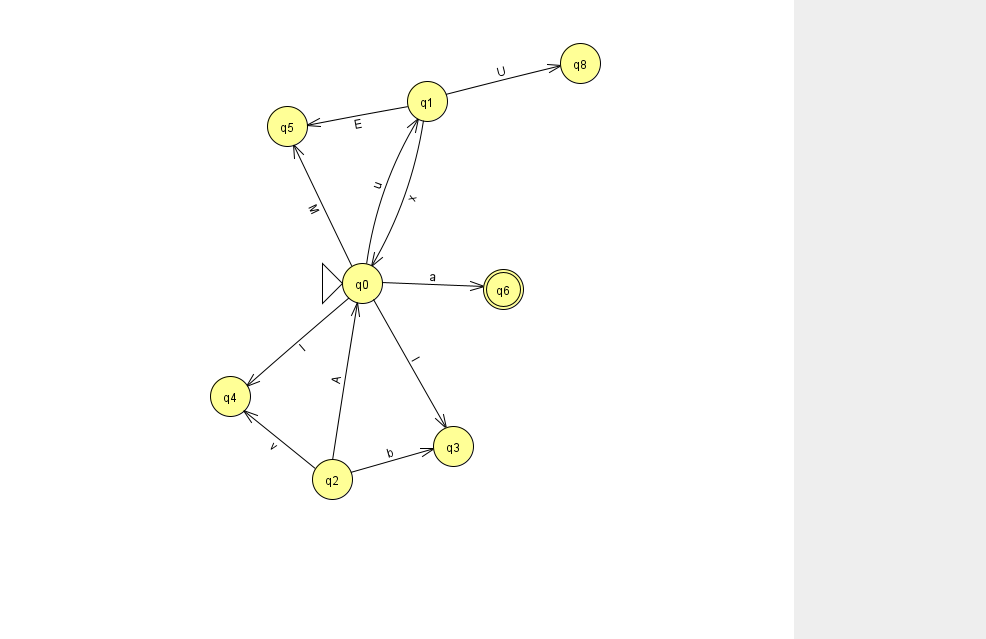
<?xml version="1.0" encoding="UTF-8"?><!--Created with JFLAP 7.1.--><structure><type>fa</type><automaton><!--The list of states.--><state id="0" name="q0"><x>362.0</x><y>270.0</y><initial/></state><state id="1" name="q1"><x>427.0</x><y>88.0</y></state><state id="2" name="q2"><x>332.0</x><y>466.0</y></state><state id="3" name="q3"><x>453.0</x><y>433.0</y></state><state id="4" name="q4"><x>230.0</x><y>383.0</y></state><state id="5" name="q5"><x>287.0</x><y>113.0</y></state><state id="6" name="q6"><x>503.0</x><y>276.0</y><final/></state><state id="8" name="q8"><x>580.0</x><y>50.0</y></state><!--The list of transitions.--><transition><from>1</from><to>0</to><read>x</read></transition><transition><from>0</from><to>6</to><read>a</read></transition><transition><from>1</from><to>8</to><read>U</read></transition><transition><from>0</from><to>3</to><read>I</read></transition><transition><from>0</from><to>4</to><read>l</read></transition><transition><from>0</from><to>5</to><read>M</read></transition><transition><from>2</from><to>3</to><read>b</read></transition><transition><from>2</from><to>4</to><read>v</read></transition><transition><from>0</from><to>1</to><read>u</read></transition><transition><from>1</from><to>5</to><read>E</read></transition><transition><from>2</from><to>0</to><read>A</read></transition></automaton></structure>